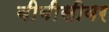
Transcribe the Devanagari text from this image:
बीबीसीवर